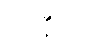
မဒနီယံ